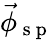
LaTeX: \vec{\phi}_{\mathrm{~s~p~}}